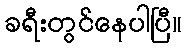
ခရီးတွင်နေပါပြီ။